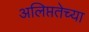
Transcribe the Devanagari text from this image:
अलिप्ततेच्या